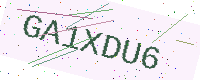
Text: GA1XDU6